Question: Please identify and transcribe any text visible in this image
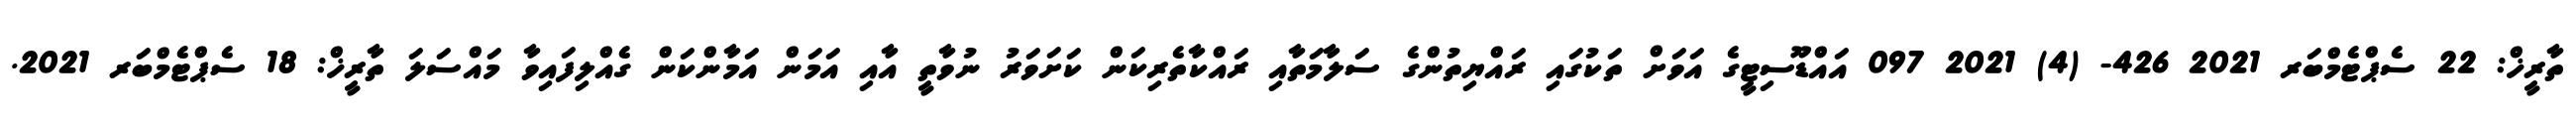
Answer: ތާރީޚް: 22 ސެޕްޓެމްބަރ 2021 426- (4) 2021 097 އައްޑޫސިޓީގެ އަވަށް ތަކުގައި ރައްޔިތުންގެ ސަލާމަތާއި ރައްކާތެރިކަން ކަށަވަރު ނުވާތީ އާއި އަމަން އަމާންކަން ގެއްލިފައިވާ މައްސަލަ ތާރީޚް: 18 ސެޕްޓެމްބަރ 2021.